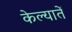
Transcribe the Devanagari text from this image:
केल्यातें